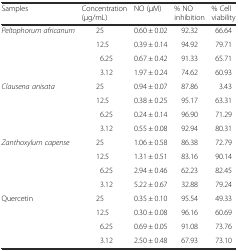
<table><thead><tr><td><b>Samples</b></td><td><b>Concentration (μg/mL)</b></td><td><b>NO (μM)</b></td><td><b>% NO inhibition</b></td><td><b>% Cell viability</b></td></tr></thead><tbody><tr><td rowspan="4"><i>Peltophorum africanum</i></td><td>25</td><td>0.60 ± 0.02</td><td>92.32</td><td>66.64</td></tr><tr><td>12.5</td><td>0.39 ± 0.14</td><td>94.92</td><td>79.71</td></tr><tr><td>6.25</td><td>0.67 ± 0.42</td><td>91.33</td><td>65.71</td></tr><tr><td>3.12</td><td>1.97 ± 0.24</td><td>74.62</td><td>60.93</td></tr><tr><td rowspan="4"><i>Clausena anisata</i></td><td>25</td><td>0.94 ± 0.07</td><td>87.86</td><td>3.43</td></tr><tr><td>12.5</td><td>0.38 ± 0.25</td><td>95.17</td><td>63.31</td></tr><tr><td>6.25</td><td>0.24 ± 0.14</td><td>96.90</td><td>71.29</td></tr><tr><td>3.12</td><td>0.55 ± 0.08</td><td>92.94</td><td>80.31</td></tr><tr><td rowspan="4"><i>Zanthoxylum capense</i></td><td>25</td><td>1.06 ± 0.58</td><td>86.38</td><td>72.79</td></tr><tr><td>12.5</td><td>1.31 ± 0.51</td><td>83.16</td><td>90.14</td></tr><tr><td>6.25</td><td>2.94 ± 0.46</td><td>62.23</td><td>82.45</td></tr><tr><td>3.12</td><td>5.22 ± 0.67</td><td>32.88</td><td>79.24</td></tr><tr><td rowspan="4">Quercetin</td><td>25</td><td>0.35 ± 0.10</td><td>95.54</td><td>49.33</td></tr><tr><td>12.5</td><td>0.30 ± 0.08</td><td>96.16</td><td>60.69</td></tr><tr><td>6.25</td><td>0.69 ± 0.05</td><td>91.08</td><td>73.76</td></tr><tr><td>3.12</td><td>2.50 ± 0.48</td><td>67.93</td><td>73.10</td></tr></tbody></table>